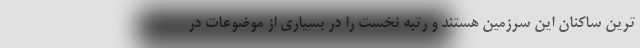
ترین ساکنان این سرزمین هستند و رتبه نخست را در بسیاری از موضوعات در